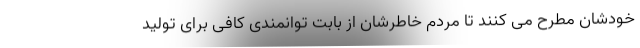
خودشان مطرح می کنند تا مردم خاطرشان از بابت توانمندی کافی برای تولید